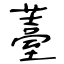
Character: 薹